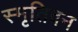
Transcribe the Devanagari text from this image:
स्मृतिवन